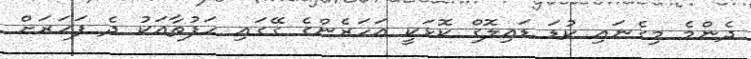
ދެންމެ މިގެނައި ކުޑަ ޑައިލޮގް ކޮޅަކީ އަހަރެންގެ ގޭގައި ހަފުތާއަކު ދެ ފަހަރަށް